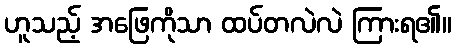
ဟူသည့် အဖြေကိုသာ ထပ်တလဲလဲ ကြားရ၏။